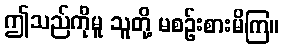
ဤသည်ကိုမူ သူတို့ မစဉ်းစားမိကြ။